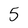
Character: 5